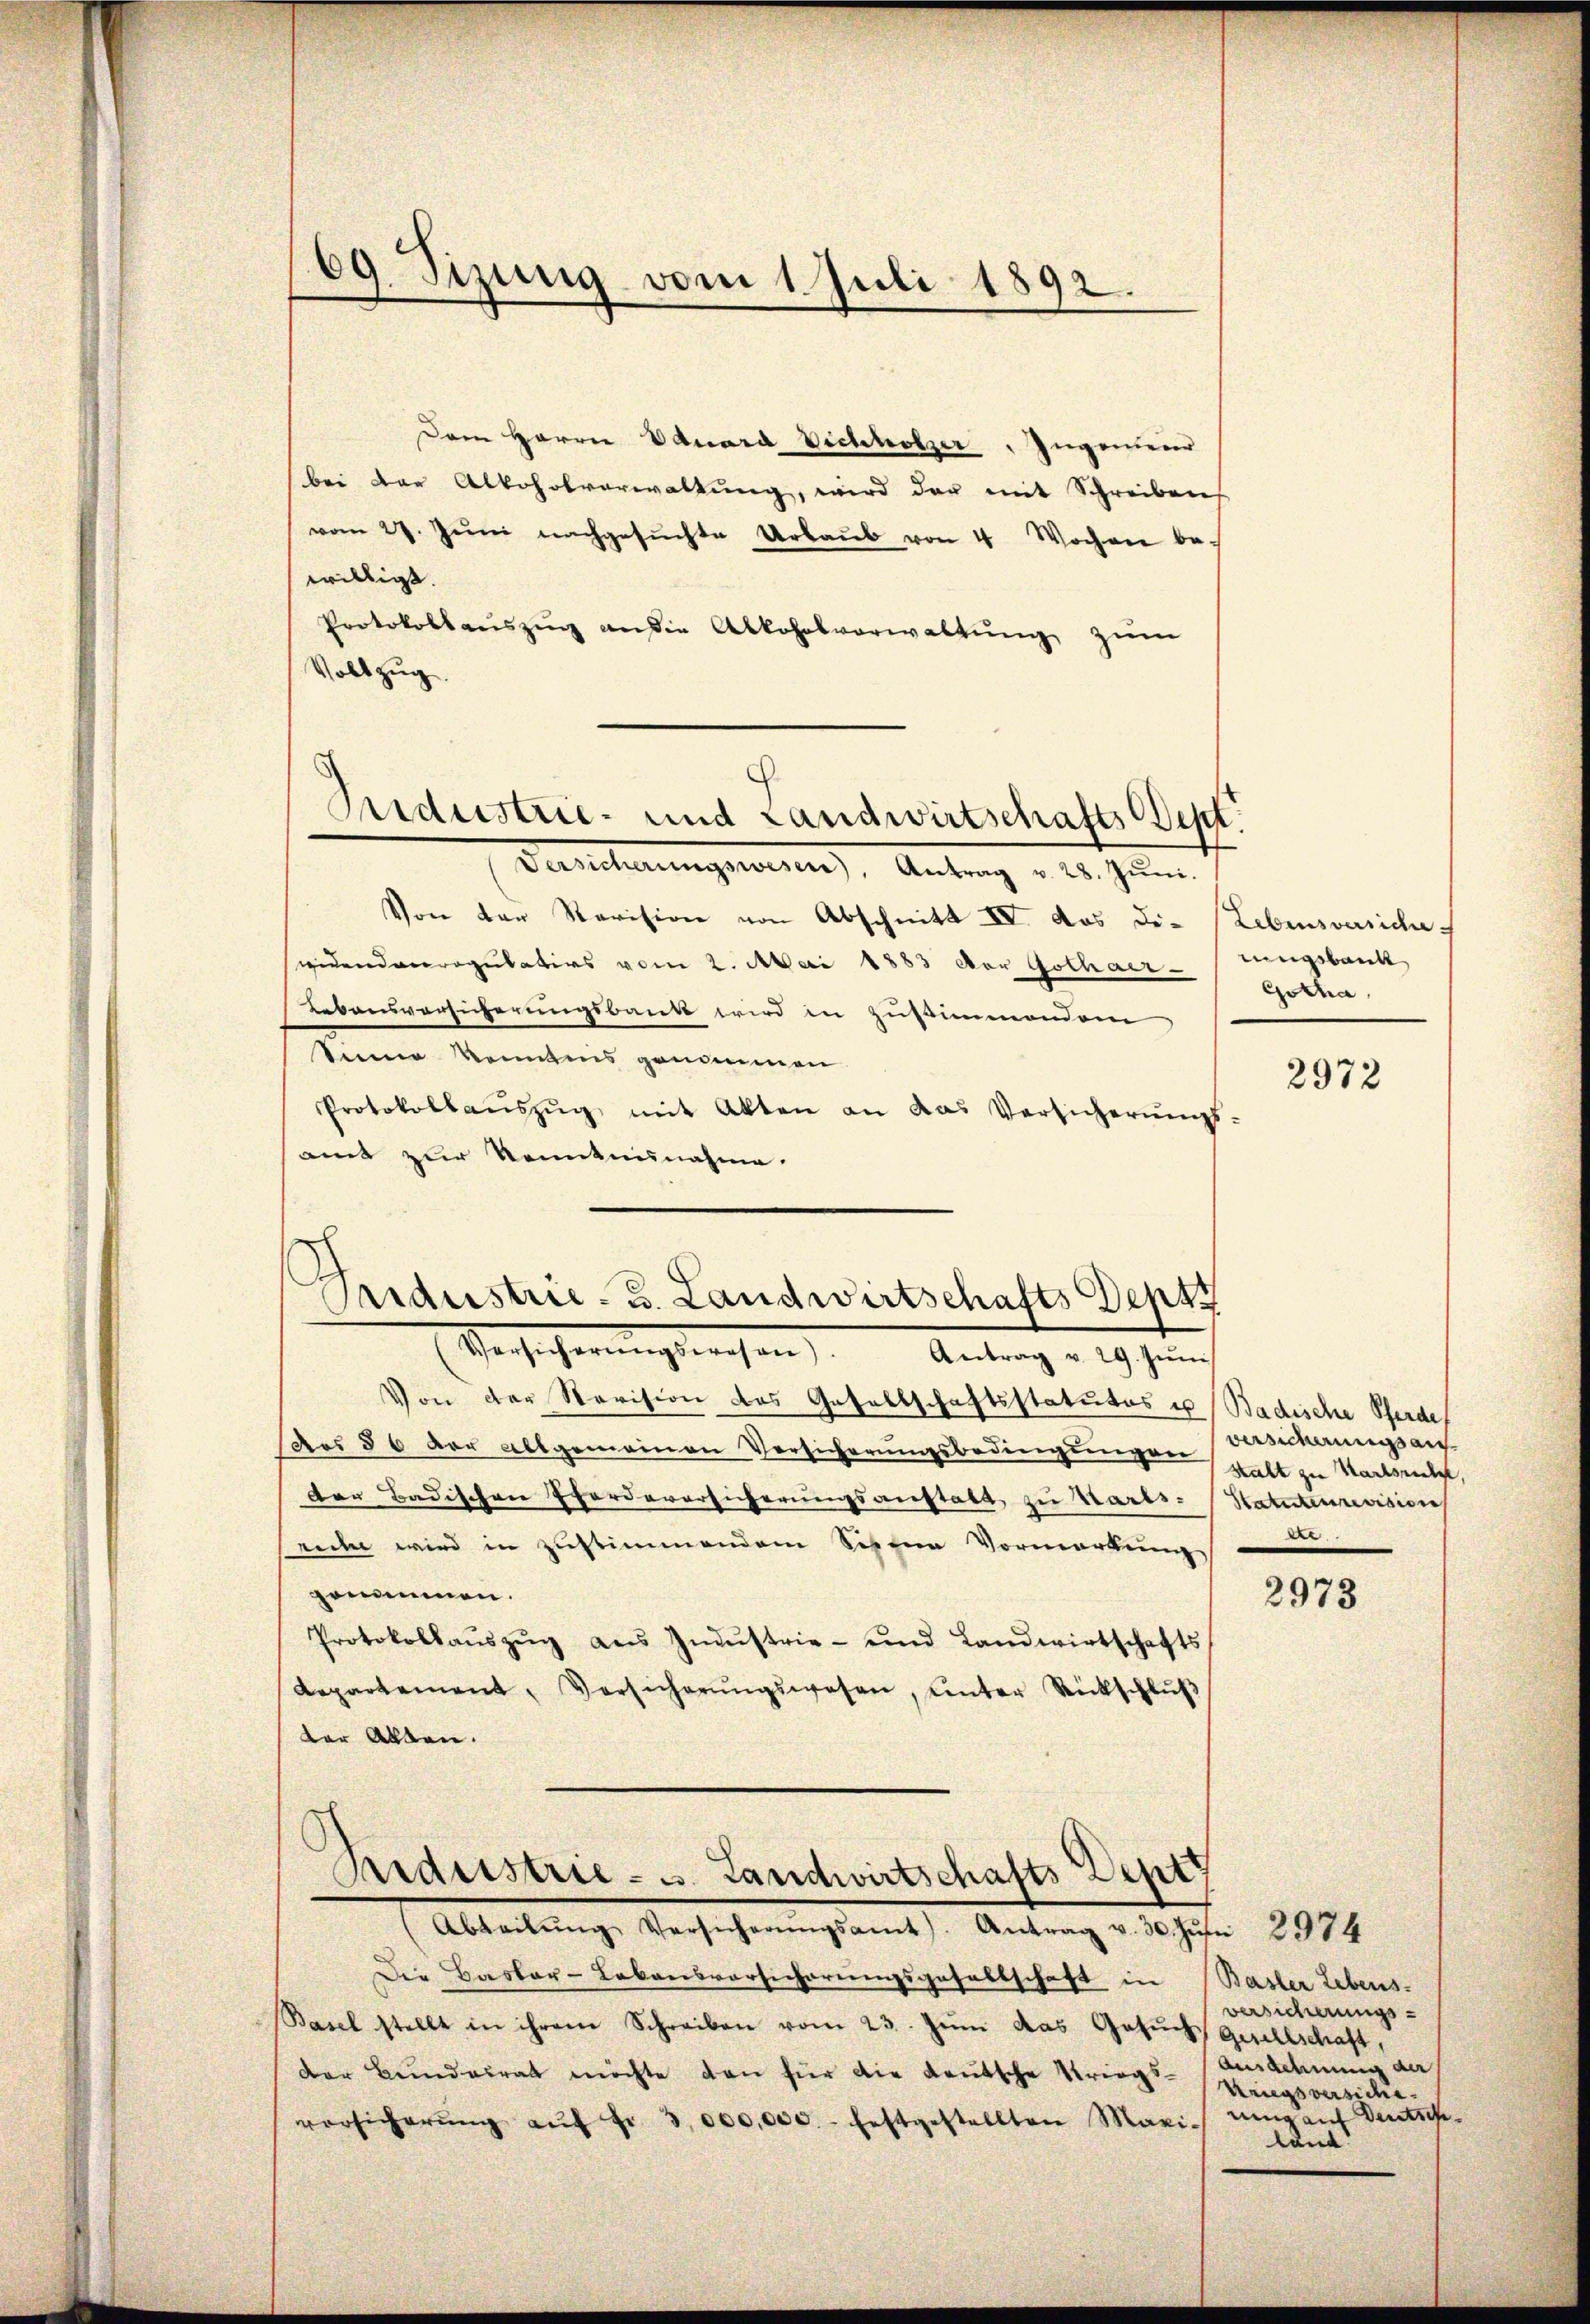
69. Sizung vom 1. Juli 1892.

Dem Herrn Eduard Vichholzer, Ingenieur
bei der Alkoholverwaltung, wird der mit Schreiben
vom 27. Jŭni nachgesŭchte Urbaŭb von 4 Wochen be-
willigt.
Protokollauszug an die Abkohnsverwaltung zum
Vollzug.
Versicherungswesen), Antrag v. 28. Jŭni.
Von der Revision von Abschnitt IV. das die Lebensversiche
seidendenregulaters vom 2. Mai 1883 der Gothaer
Lebensvorsicherungsbank wird in Zustimmendem
Sinne kenntnis genommen.
Protokollaŭszŭg mit Akten an das Versicherŭngs-
amt zur Kenntnisnahme.

Industrie- und Landwirtschafts Sept.

Sendustrie- u. Landwirtschafts Deput
Versicherŭngswesen). Antrag u. 29. Jŭni

Von der Revision des Gesellschaftsstatutes u Badische Pferde
aos § 6 der allgemeinen Vorsicherungsbedingungen walt zu Startsetzt,
der Badischen Pferdeversicherungsanstatt zu Karls- (Statuteurevision
reihe wird in zustimmendem Sehene Vormerkung
genommen.
Protokollaŭszŭg ans Zünistrie- und Landwirtschafts
departement, Versicherŭngswesen, ŭnter Rückschlŭβ
der Allen.

Siderstrie - u. Landwirtschafts Deut
(Abteilŭng Versicherŭngsamt. Antrag v. 30. Jŭsi 2974

Die Basler-Lebensvorsicherungsgesellschaft in Basler Lebens-
Basel stellt in ihrem Schreiben vom 23. Juni das Gesŭch Gesellschaft,
der Bundesrat möchte den für die deutsche Kriegs-Ausdehnung de
versicherŭng aŭf Fr. 3000,000. festgestellten Maxi-

rungsbank
Gotha,

2972

versicherungs ausa
e

2973

versicherungs-
Kriegsversiche
ning auf deutsch
land!